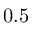
0 . 5